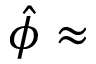
\hat { \phi } \approx